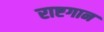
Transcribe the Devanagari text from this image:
राष्टगान